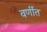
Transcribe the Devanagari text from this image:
वर्णीत